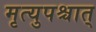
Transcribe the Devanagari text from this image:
मृत्युपश्चात्‌